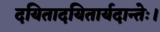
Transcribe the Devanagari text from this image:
दयितादयितार्यदान्तेः।